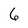
Character: 6